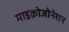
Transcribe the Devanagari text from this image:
माइक्रोजोनेशन